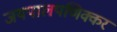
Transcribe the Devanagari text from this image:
जयपालपणिक्कर